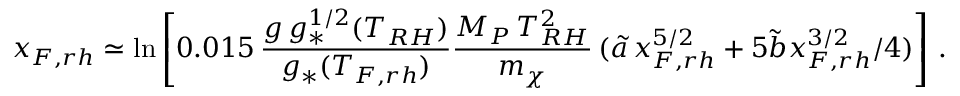
x _ { F , r h } \simeq \ln \left[ 0 . 0 1 5 \, \frac { g \, g _ { * } ^ { 1 / 2 } ( T _ { R H } ) } { g _ { * } ( T _ { F , r h } ) } \frac { M _ { P } \, T _ { R H } ^ { 2 } } { m _ { \chi } } \, ( \tilde { a } \, x _ { F , r h } ^ { 5 / 2 } + 5 \tilde { b } x _ { F , r h } ^ { 3 / 2 } / 4 ) \right] \, .